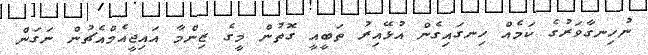
ނުހިނގާވަރުގެ ކަމެއް ހިނގައިގެން އުޅޭއިރު ތަބީއީ ގޮތުން މީގެ ޒިންމާ އައިޖީއެމްއެޗުން ނަގަން